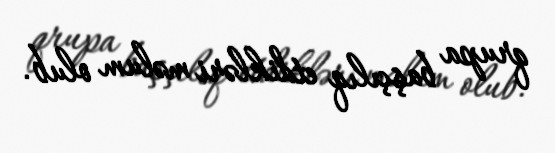
qrupa başçılıq etdikləri məlum olub.